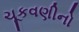
ચૂકવણીનો